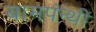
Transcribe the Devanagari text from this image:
बामपंन्थी